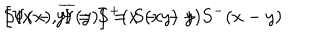
\left[ \Psi ( x ) , \overline { { { \Psi } } } ( y ) \right] = S ( x - y ) \hspace { 0 . 3 i n } S ( x - y ) = S ^ { + } ( x - y ) + S ^ { - } ( x - y )